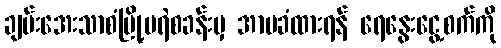
ချမ်းအေးသာစံမြို့မရဲစခန်းမှ အာမခံထားရန် ရေနွေးငွေ့စက်ကို